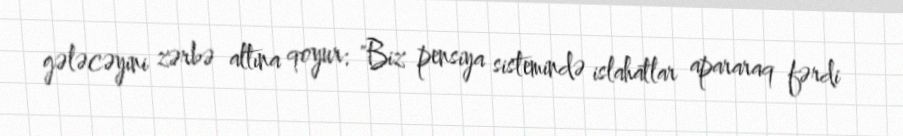
gələcəyini zərbə altına qoyur: "Biz pensiya sistemində islahatlar apararaq fərdi